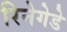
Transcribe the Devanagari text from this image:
रिनेगेडे